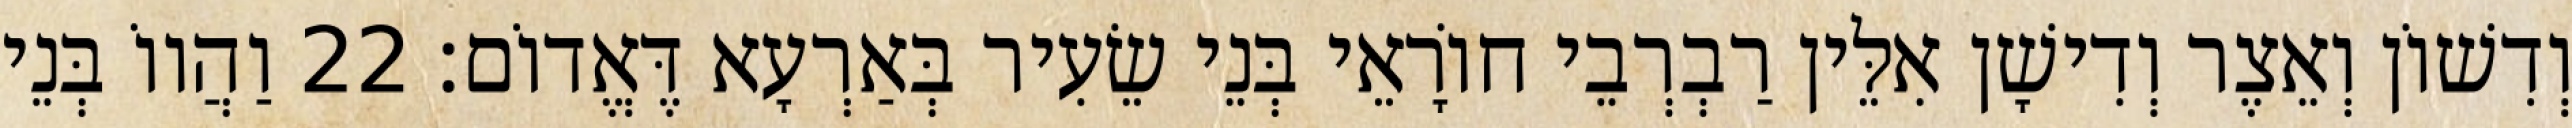
וְדִשׁוֹן וְאֵצֶר וְדִישָׁן אִלֵּין רַבְרְבֵי חוֹרָאֵי בְּנֵי שֵׂעִיר בְּאַרְעָא דֶּאֱדוֹם׃ 22 וַהֲווֹ בְּנֵי